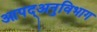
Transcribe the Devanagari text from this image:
आपद्अनुविभाग